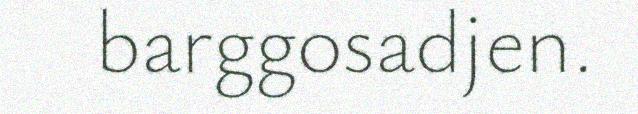
barggosadjen.